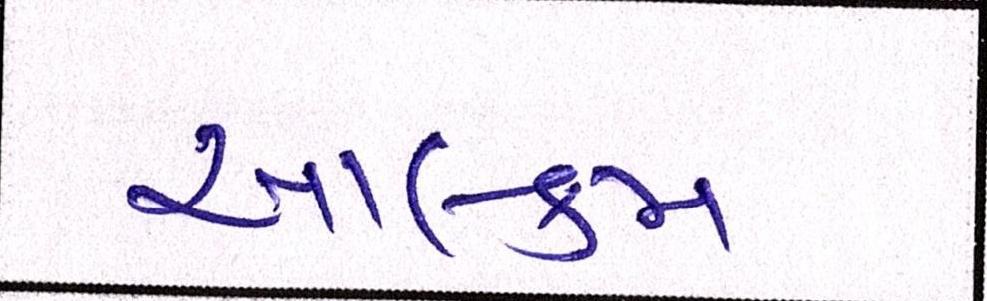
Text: આલ્કમ